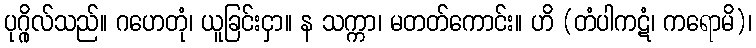
ပုဂ္ဂိုလ်သည်။ ဂဟေတုံ၊ ယူခြင်းငှာ။ န သက္ကာ၊ မတတ်ကောင်း။ ဟိ (တံပါကဋံ၊ ကရောမိ)၊